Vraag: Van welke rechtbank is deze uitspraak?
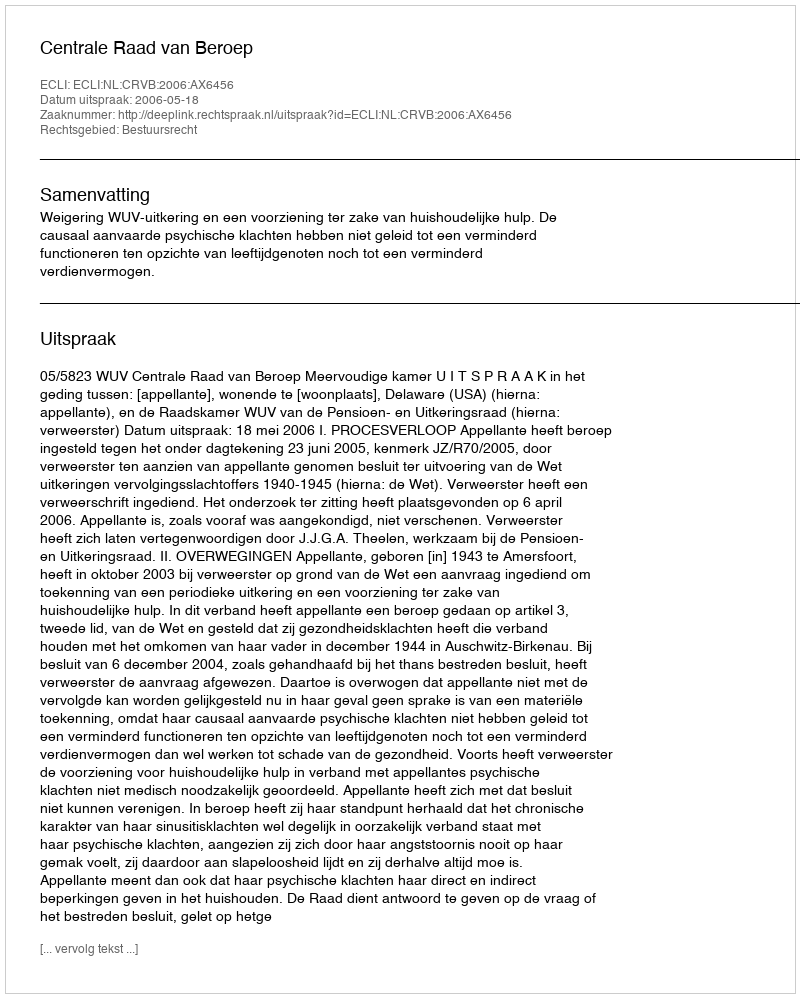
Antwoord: Centrale Raad van Beroep